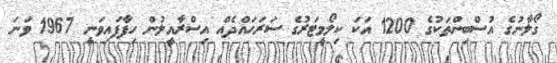
ގޯލާނުގެ އުސްބިންތަކުގެ 1200 އަކަ ކިލޯމީޓަރުގެ ސަރަހައްދެއް އިސްރާއީލުން ހިފާފައިވަނީ 1967 ވަނަ